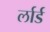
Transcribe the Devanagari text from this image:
र्लार्ड